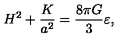
H ^ { 2 } + \frac { K } { a ^ { 2 } } = \frac { 8 \pi G } { 3 } \varepsilon ,